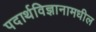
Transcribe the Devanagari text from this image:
पदार्थविज्ञानामधील